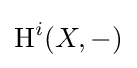
\operatorname {H} ^{i}(X,-)